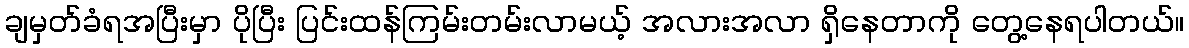
ချမှတ်ခံရအပြီးမှာ ပိုပြီး ပြင်းထန်ကြမ်းတမ်းလာမယ့် အလားအလာ ရှိနေတာကို တွေ့နေရပါတယ်။